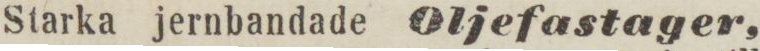
Starka jernbandade Oljefastager,